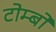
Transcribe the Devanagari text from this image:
टोम्बो